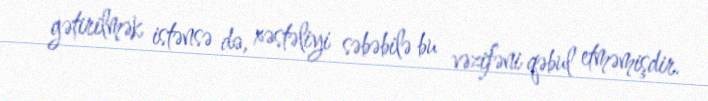
gətirilmək istənsə də, xəstəliyi səbəbilə bu vəzifəni qəbul etməmişdir.